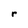
Character: r